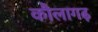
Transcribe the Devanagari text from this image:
कौलागढ़